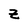
Character: Z